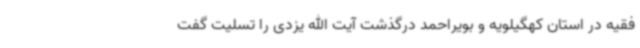
فقیه در استان کهگیلویه و بویراحمد درگذشت آیت الله یزدی را تسلیت گفت